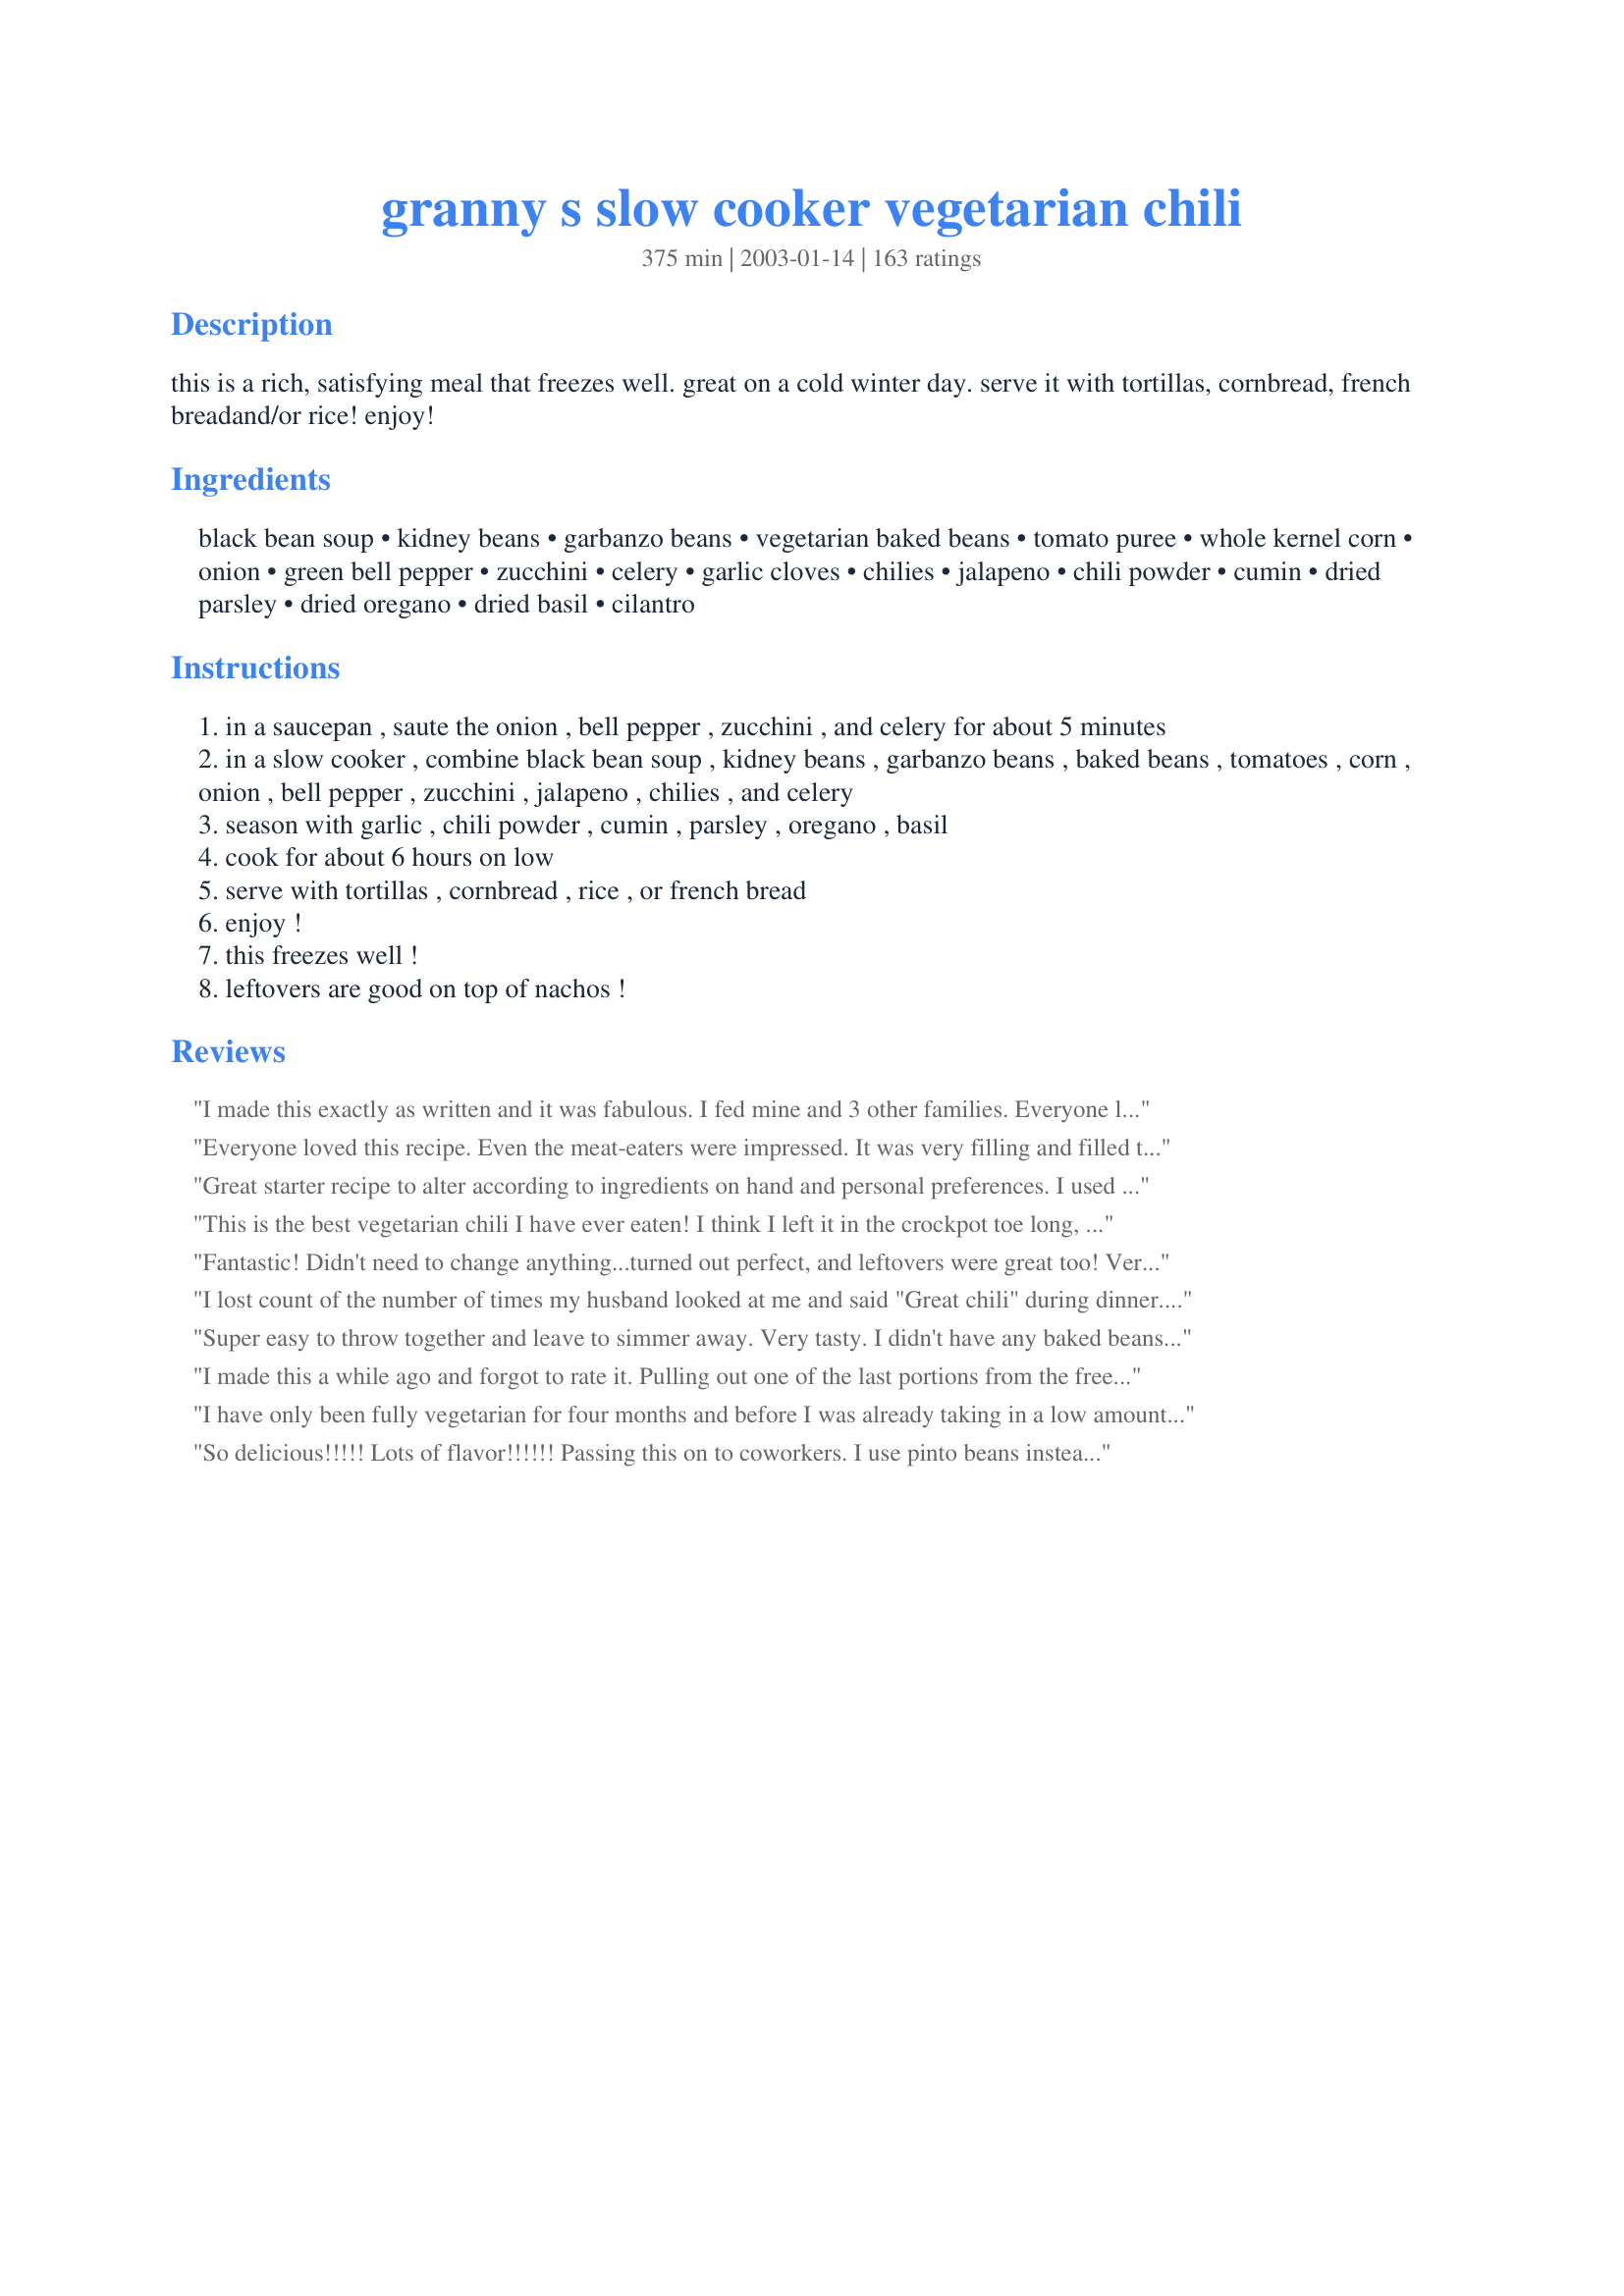
granny s slow cooker vegetarian chili
Preparation time: 375 minutes

this is a rich, satisfying meal that freezes well. great on a cold winter day. serve it with tortillas, cornbread, french breadand/or rice! enjoy!

Ingredients:
black bean soup, kidney beans, garbanzo beans, vegetarian baked beans, tomato puree, whole kernel corn, onion, green bell pepper, zucchini, celery, garlic cloves, chilies, jalapeno, chili powder, cumin, dried parsley, dried oregano, dried basil, cilantro

Steps:
in a saucepan , saute the onion , bell pepper , zucchini , and celery for about 5 minutes
in a slow cooker , combine black bean soup , kidney beans , garbanzo beans , baked beans , tomatoes , corn , onion , bell pepper , zucchini , jalapeno , chilies , and celery
season with garlic , chili powder , cumin , parsley , oregano , basil
cook for about 6 hours on low
serve with tortillas , cornbread , rice , or french bread
enjoy !
this freezes well !
leftovers are good on top of nachos !

Reviews:
I made this exactly as written and it was fabulous. I fed mine and 3 other families. Everyone loved it. I served it over brown rice with cheese, sour cream and corn chips. Yum. It made just enough to serve our party of 19, with no leftovers. I will make again and my need to purchase a larger crockpot so I can double the recipe!
Everyone loved this recipe. Even the meat-eaters were impressed. It was very filling and filled the crock pot to the top. Super easy to make and the best chili i have had.
Great starter recipe to alter according to ingredients on hand and personal preferences. I used black, pinto, veggie chili and garbanzo beans. I swapped yellow squash for zucchini and diced tomatoes for puree. Served over a 1/2 cup of barley. Made a lot of servings I froze and will have for lunch at a later time. Thanks for posting!
This is the best vegetarian chili I have ever eaten! I think I left it in the crockpot toe long, I thought it was perfect after two hours. I was good at 6 hours, but a little too cooked down IMO. My husband even likes it. We are making it again and are going to adding mushrooms for a meaty substitute.
Fantastic! Didn't need to change anything...turned out perfect, and leftovers were great too! Very hearty, and a big hit with all the men (big and little) in my house!
I lost count of the number of times my husband looked at me and said "Great chili" during dinner. I put this together about a month ago and tucked it away in the freezer to use for an "emergency" meal, which ended up being last night. The only change I made was to not use garbanzo beans (doubled the black beans instead). Thanks Sharon123 for sharing Granny's chili recipe.
Super easy to throw together and leave to simmer away. Very tasty.
I didn't have any baked beans on hand so I used vegetarian refried beans instead. Also used a can of diced tomatoes instead of crushed and skipped the corn (didn't have any on hand) but I'm sure it would have made a good addition.
I made this a while ago and forgot to rate it. Pulling out one of the last portions from the freezer has prompted me to rate it and I add that if freezes very well. I doubled up and the consistency was great. I couldn't find the black beans in juice so I pureed a can of whole ones and it seemed to work. Nobody could miss the meat in this - it has such a lovely flavour. Thankx
I have only been fully vegetarian for four months and before I was already taking in a low amount of meat. I was using another chill recipe that was always lacking. This recipe is by far one of my favorite meals to make. I love that I can put it in the slow cooker and then come home from work to house that smells divine and have a meal already prepared. This is such a hearty chill that it lasts me almost a week and the leftovers never lack either. I love eating it with warm tortillas.
So delicious!!!!! Lots of flavor!!!!!! Passing this on to coworkers. I use pinto beans instead of baked beans Didn't do step 1, just threw the onion , garlic, and green pepper raw into the crock pot. Will be making this often.
I rated this 5 stars for good reason.. It's worth every last one!!! Nuff' Said...
Thank you for sharing this! My family loved it and requested it again.
I served this at a party and everyone loved it! I used just black beans, crushed tomatoes, frozen corn instead of canned and I also added some frozen tri-color peppers. Thank you!
This is an excellent recipe; easy to prepare, readily avaiable ingredients. This is better the next day. I didn't have any cilantro or jalapenos so I upped the cumin and chili powder a bit to accomodate. I will make this again. Thanks.
Made this recipe exactly as described (ok, I used lentils instead of garbanzo beans because they don&#039;t seem to sell these here) and it was delicious! Served it with some fresh cilantro, shredded cheddar and a dollop of sour cream, yumm! An excellent recipe, will definitely make again!
I really like this! I'm relatively new to meat-free living, and this recipe provides an easy-to-prepare, hearty, and tasty meal.
I followed the recipe as well as I could, although I used dry garbonzo beans instead of canned. They ended with a bit more bite than I had anticipated, but, the contrast wasn't bad.
Note: pairs well w/a Harpoon IPA.
Will definitely make again.
Thanks for submitting!
-A
This is my favorite vegetarian chili. I&#039;ve made it multiple times and it never disappoints!
We just loved this. Mike didn't even say anything about it not having meat in it. I ate TWO BIG bowls full, boy am I stuffed lol but it was good. I did make a change or two. Basically b4 I left for work I openend a can each of veg baked beans (brilliant addition BTW), chick peas, kidney beans, black beans, grt northern beans, and chili beans (kidney beans with chili seasoning) I drained them all except the last one. I then added the can of diced chilies and all the seasonings except cilantro and 2 cans of drained diced tomatoes. I mixed them all together in a crock pot and left it on low. When I came home I had a wonderful chili waiting for me which we used to top a bed of chips and sprinkled some cheddar cheese on top with some sliced green onion and a dolop of sour cream. I will make this often and try different combinations of beans and veggies. Next time I may even try adding some cooked ground beef or beef stew meat. You should know, this is the first crock pot recipe I ever liked. Thank you for a great easy meal. UPDATE: We are on weight watchers now and with a few small adjustments this is a great "core" recipe. I added 1 cup of quick cooking barley to the mixture and use different beans every time I make it. The barley thickens it up and makes it a little more 'meaty'.
Very very good. The spices are just right and it's very filling.
My husband does not like beans. He always complains when I serve him beans of any kind. So I made this chili and served him a small serving in a room without good lighting. Guess what?? He liked it and this recipe is nothing but beans. Everyone else liked it too this one is a winner.
Boy, does this make a ton of chili! I have a very large crock pot and it was filled to the brim!

I've always had a problem finding veget. baked beans in Canada. As I didn't have any, I added about 1/4c of brown sugar to compensate and it worked out fine. Without the hint of "sweet" I felt something was missing. :)

Very tasty. I have so much left over I won't have to make it again for 6 months.
I used this recipe as a basis for a vegetarian chili experiement: It was absolutely the best I've ever had, the first time. Here were the mods I made.

I went with 2 cans of crushed tomatoes and 1/2 can of paste, omitted the cilantro, chiles and jalapeno in favor of 3 long red chiles from a farmer's market, and used Amy's vegetarian black bean soup. I also went low sodium on everything I could.. only the veggie baked beans and the black bean soup had significant amounts of salt. 3 stalks celery, 2 medium onions.
Really yummy! Even my kids ate it! First of all, let me say, I just cooked this in a dutch oven on the stovetop and let it simmer on medium for about an hour or so, and it was just lovely -- the celery had some crunch left and didn't get all mushy. Also, I left out garbanzo beans just because I didn't have them on hand -- I used regular black beans instead. I also used a can of refried black beans because I couldn't find a can of black bean soup. Just added a half a can of water and a small can of tomato sauce to thin it out a little. I added a couple more cloves of garlic to suit our tastes, plus a bit of sea salt and ground black pepper. Thanks for a healthy, versatile recipe!
Can't really rate this recipe...we made this in a cast iron dutch oven over a campfire and my BF accidentally charred it so badly that it was pretty inedible. But the little bites that we were able to eat without blackened bits tasted great!!
This was wonderful; filling, great flavor! I used small red beans instead of kidney, a personal preference. For the chilis I used New Mexican green chilis that were dried; I rehydrated them, chopped and added to the recipe. I didn't have cilantro or dried parsley, so left them out. Otherwise, I stuck to the recipe. This is healthy and delicious, and I will be making this often! Thanks, Sharon123!
Wow!!!I loved the vegetarian baked beans in this. It gave it a little sweet to go along with the spice. Yummy. I made the whole recipe and put in individual servings in the freezer to take out for quick meals for me(the only one eating vegetarian in my family).
I'm not vegetarian but have been trying to cut down on meat consumption; I've found that all the vegetarian chilis I've tried taste like they're lacking something. Not this one. I think it's the zucchini, which I shredded for this recipe, which gives the chili more body...or maybe it's all the different kinds of beans which give it enough depth of flavor. Whatever the secret, THANK YOU Sharon123 for posting this amazing recipe that provides a whole lot of delicious, healthy, comfort food for not a lot of $$$- and easy ingredients that are generally kept on-hand to boot!
Absolutely FANTASTIC! I am not a vegetarian but my wife is trying to be. Very impressed. We will reccomend this to all of our friends - meat lovers or not.
I have made this recipe a couple of times now and I gotta say, it is AMAZING. (So amazing I made an account to write this review lol!) Hands down, the BEST vegetarian chili recipe I have found to date. If you are like me and like your chili spicy &amp; chunky, look no further!! I didn't miss the meat at all in this recipe. I don't make any changes to the recipe, EXCEPT for the fact that I add some crushed red pepper and extra jalapenos to it (I like spicy chili.) Top it with your favorite chili toppings like Avocados, sour cream, and shredded cheese, and it's so delightful. I also like to have some tortilla chips with it, too, if I'm feeling &quot;adventurous&quot; :) If you are a vegetarian looking for a delicious veg chili that won't make you long for a meat substitute, please give this recipe a try!
I thought this recipe was OK. I made it exactly has written and used all Full Circle brand organic products. I am a vegetarian and am just not personally a fan of garbonzo beans so if I make this again, I will try it with the lentils instead. I thought it was too much corn so I'll cut back on that next time. As someone else mentioned, the baked beans do give this chili a sweet flavor which is unexpected. <br/><br/>It made a ton so I may try to make some enchiladas with it for a different twist for tomorrow's dinner.
Very easy to make. I used eggplant instead of zucchini as the zucchinis at the store didn't look that great. This gave it a little different flavor, and maybe made it seem more "meaty". All around good.
The best chili I ever had!

Easy to prepare and greatly enjoyed by my whole family.

Thanks for the recipe, Sharon123!
Made this the other day, then kept out enough for 2 of us before freezing the rest of it for another time or two ~ Just the kind of thing to have on hand when my vegetarian son & DIL are over for a meal! I expect to be making another whole batch just for freezing ~ Gotta be prepared for the next few cold months! Thanks, much, for another great keeper! [Tagged & made in Please Review My Recipe]
Love this chili! Hubby said it was a keeper. I did find the 1 tablespoon of chili powder to be a bit too much so next time I will half that. Served with shredded cheddar and bread. DELISH!
This really "hit the spot" on a casual Fri. night. I used about half the spices (since I was going for a mild flavor). The kids enjoyed this, too. Thanks Sharon, for another great recipe.
Roxygirl
My whole family LOVED this. You never miss the meat. I used fresh herbs instead of dried. Did not measure just threw some in.
This is an OMG recipe! We love all kinds of different chili recipes, and are not vegetarians, but do try to have a few meals a week without meat. This is one of the best chili recipes my family has ever tasted. The seasoning is spot on and I followed the recipe to the letter. I served it with cornbread and have more to heat up this week. You could also add Boca Crumbles, but it certainly isn't necessary as this is so good by itself. Thanks for a great recipe. Carole in Orlando
Very tasty and delicious, but I doubled the Chilli Powder and added Garlic.
Good!
I really like the zucchini in this. It was heartier than those can of this, can of that chilis with meat in them.
For being vegetarian, this was a surprisingly good bowl of chili! I really liked that it wasn&#039;t overly hot and spicy (I omitted the jalape&ntilde;os). It was mild without being boring, if that makes sense. The consistency of the sauce was what really made this feel like chili, not being too watery or too thick, just perfect. The only thing I think I&#039;ll do differently next time is saut&eacute; the veggies a little longer, as mine were a little crunchy. And it was even better the next day! Yum, yum, yum!!
Not bad...nothing special. Had to spice it up a lot but very healthy.
This is so easy and delicious to make! I could hardly wait until dinnertime to eat, it smelled so delicious. I did use pinto beans instead of garbanzo beans because that's what I happened to have.
I loved this recipe!! did not put in the celery, or the jalepeno, but I did substitue the tomatoes for salsa. this got the flavor of tomatoes and the spice of the jalepenos, and cut down on prep time. I have made it twice in the past 2 weeks and it is great for main coarse and/or with chips. My daughters like to "dip" so this was a winner!!! Thanks for the recipe
Really liked this recipe and it's incredibly easy and delicious. I like a little more heat so I think I'm going to dice and add some Chipotles in Adobe sauce next time. I garnished with some fat free sour cream, Weight Watchers shredded Italian Blend low-fat cheese and a little cilantro on top. <br/><br/>GREAT recipe and so satisfying -- thanks Sharon123!
I&#039;m ridiculously loving it:)) I&#039;m Vegetarian and getting recipes from other people that has taste and hits the spot with flavor is rare. Well I found it here! This chili just has this smooth but spicy robust taste of blended flavors that are very mouth pleasing; and the aroma that it projects off is amazing. I couldn&#039;t stop eating this meal I especially liked the sweet mild taste of the vegetarian baked beans. I had to add my 1tsp of Mccormick chicken seasoning because it gives me a smell and slight taste as if there&#039;s meat in there. But, everything else done to receipt.
Fabulous chili!!! It was wonderful reheated for quick lunches through the week too! Even meat lovin' DH raved about this one.
This is a really hearty and good chili. You don't need to drain the beans. Instead of all the spices, I used a taco seasoning packet. It's quicker, cheaper, and tastes great. Served this with cornbread and it was a hit. Thank you!
I guess I think the name of this chili is a bit of a misnomer (sp?) I have come to the conclusion that anything that claims to be a chili needs to have some kind of meet in it. It was a good veggie soup, but it wasn't my favorite.
YUM-E. I used Great Northern beans instead of Garbanzo beans. I also added some BBQ sauce as well as lots and lots of hot sauce (personal preference). I like the sweetness that comes from the canned baked beans. I ate this for dinner 4 straight nights in a row!
Best vegetarian chili EVER ! This filled my 5 quart crock. I left out the zucchini and added some extra vegetarian baked beans instead. I ended up cooking this for eight hours instead of six because of our schedule but it was still great. I love that there is plenty left for tonight and probably beyond. Thanks!
Didn't have the vegetarian baked beans on hand, so I added extra tomatoes as suggested -- very yummy!! Can't wait to try it with the baked beans, makes a ton by the way.
My daughter is vegetarian and made this for dinner! She's 14 and impressed everyone with this recipe! Delicious! We uploaded a picture so you can see how yummy it is!
Lovely dish!!!
My girlfriend and I think this chili is the BEST EVER!!. We had six people over one night and we almost finnished off a double batch. 
I change it a little, I like to add hamburger and one chipotle pepper.
This is great, even meat lovers enjoy it.
This was really good and so filling that no one missed the meat. We had it with corn bread and even the meat eaters went back for seconds. Thanks Sharon for posting this keeper recipe.

I really liked this recipe. As a vegetarian, it's hard to find such well put together recipes. Mine was a tad sweet from using veg baked beans in a molasses sauce, but DH really liked it a lot. This is a keeper. You can freeze a lot of this, so we'll have this again.
Great recipe. I couldn&#039;t get fresh jalape&ntilde;os or green chilies so I substituted a generous amount of sliced bottled jalape&ntilde;os and a scant tsp of green chili paste. Worked well!
YUM! Dom says this is the best vegetarian chili he's ever had! We used lentils instead of garbanzo beans and it came out great. We served it over rice. For the black bean soup we used our very favorite (Amy's black bean soup).
This was fantastic.
I even added (browned) ground turkey.
I LOVE this chili! Its cheap to make, healthy and has a good amount of protein. Thanks for sharing :)
Excellent! And plenty of room for creativity! Here is what I did differently: I used red beans instead of kidney, used 14 oz of fired roasted crushed tomatos, and added red, green, and yellow leftover heirlooms tomatos as well, omited cilantro. GREAT recipe, we served it in a hollowed out sourdough bowl, and added greek yogurt to the top.
Please add my voice to the other enthusiastic reviewers. Darn good chili - best vegetarian version I've tried. Thanks for the recipe I will definately make it again.
I absolutely love this recipe. It has great flavor and warms you down to the soul. Thank you Sharon123 for such an awesome recipe.
Loved this recipe. We aren't vegetarians but are trying to eat healthy. This was tasty and very filling. I used rotel instead of the jalepeno and peppers and reluctantly omitted the zuccini simply because I was unable to find one in the store this time of year. Will difinitely makes this again.
This is the best veg. chili we've every had!! I added a can of tomatos with chilis & a can of mushrooms, & left out the can of chili's & jalapeno since we don't like our food too spicy. This will definitely be a regular for chilly evenings! Thanx!
YUM! First let me say we are NOT vegetarians. I made this because we go meatless once a week. I used just regular black beans, and swapped out the baked beans for chili beans cause I had this in my pantry. I kept everything else from the recipe the same. I liked the sound of it originally, so I doubled the recipe right off the bat. It wouldn't fit in my crockpot, so I cooked it on the stove. My husband liked the chickpeas in the recipe for a nice change, but I loved the spice. As a matter of fact, I have pulled some of the frozen leftovers out of the freezer, and they are dinner for tonight: at the request of hubby! I will definitely make this again on meatless evening.
Not bad. I found the leftovers tasted a lot better after the flavors settled for a day or two.
I joined reciezaar just so I could rate this chili. After a meal like THAT, this was the least I could do to show my appreciation. This was, hands down, the BEST chili ever. Even my carnivorous boyfriend agreed. In fact, I can't think of any meal in general that I like better than this. UNBELIEVABLE. Oh, and I used white kidney beans instead of red. Fresh cilantro, a dollop of light sour cream and a sprinkling of shredded monterey jack. I'm making this tomorrow and I can't wait to share with all my friends. Thank you thank you thank you
Excellent! I made this pretty much as written except for eliminating the onions due to personal preference. DH isn't a fan of zucchini but he really enjoyed this and went back for seconds. Thanks!
This is a really great recipe! My fine tuning; 1)2 Jalapenos and 3 banana peppers, sliced. 2)replaced baked beans with seasoned chili beans. 3)added 2 additional tbsp of chili powder. 4) did not add the cillantro. 5) used a head of garlic and instead of mincing left it in huge chunks/whole cloves. 6) omitted celery, replaced with broccoli. 7)added boca crumbles!
Thank you so much, this really turned out fantastic...we gobbled this up and will be making it often!
This was wonderful! A tasty, healthy and a dish that my meat-loving DH enjoyed as well! I froze some of the left overs for when my vegetarian kids come to visit. I will be making this again! Thank you for sharing your recipe!
WONDERFUL! I made this with the canned black beans and 29oz crushed tomatoes and a 4oz can of diced jalapenos instead of fresh. I also didn't bother sauteeing the veggies as I prefer them firmer. This smells great when cooking and turns out very FLAVORFUL, FILLING and full of FIBER! I did add salt to mine though at the end. Made for the Zaar Stars tag game.
This particular recipe I have made for home and work. It makes a lot, so you can have your family and others you care to share with eat well. I start a pot the night before, split it in half, serve some at work ( we use it as hot dog topping or serve in coffee cups to go) and have dinner the next night all done. No one notices it is vegetarian if you don't say anything, and that says it all! (But be prepared to share the recipe, as you will get asked.)
I made this with cornbread for my vegetarian daughter who was home for the holidays and we both loved it! Now I find myself making it in order to freeze and have for quick dinners. Super easy and very nutritious. Thanks, Sharon123, for a great recipe with lots of possible combinations!!!
TERRIFIC RECIPE!!! I made this about a month ago and froze it. Some things I did differently: 1) I didn't measure ingredients so I'm sure I added things (spices especially!) in different quantities than given, at least somewhat. I love a spicy chili! 2) I used TVP in this recipe to boost the protein even more...though it is already high! 3) I didn't have baked beans, so I just added more kidney beans. 4) I nixed the corn as well, adding more garbanzos, I think. Basically, I got the feeling that this was a very good basic recipe with thousands of personal variations. LOVED THIS with cornbread tonight!! Thanks!
This was outstanding!! I took this to a potluck and all my non-vegetarian friends were shocked and amazed. They said they didn't miss the meat at all. Made just as written.
This is my go-to soup when I don't have soup left overs in the fridge. I cook it over night and wake up to veggie chili to put in my lunch. And what a treat! I don't like a lot of heat so I put no jalapenos in it. ANd I routinely use a can of black beans, not black bean soup. I use the spices as described. And I usually add frozen corn rather than canned corn. You are well fed when this is in your fridge.
Very good...I brought this to a potluck and it was very popular. I think I made it a bit spicier than the original recipe (red pepper instead of &quot;chili pepper&quot; and some found it too hot, but others really liked it.
This was a yummy chilli, lots of protein & fiber, so kept our bellies full for a long time. Good cold weather comfort food!
Wow! First time I've ever ha a vegetarian chili that left me totally satisfied! Fantastic recipe! Flollowed it exactly. Wouldn't change a thing!
Loved it! Next time I will add more Jalapeno's !!!!! :>)
Excellent and HEALTHY alternative to your typical meat chili. This reminds me of a thick minestrone because of the oregano but the chili flavor adds a nice southwestern kick with subtle heat. I used all ingredients listed except subbed cannellini beans for the garbanzos (personal preference) and used a 29 oz can of tomato puree but added about 2 cups of chopped fresh tomatoes. I did find that I had to add a teaspoon or two of salt at the end, but others may find it ok... I just like my food sharply flavored. Thanks for a great recipe... I just sent it to my Mom this morning for her to try too!
Fabulous Chili. I added an extra bell pepper to make it chunkier and to feed more (for a potluck). I ended up having to email several people the recipe... such a hit and still healthy!

Thank you SO much for sharing. This is now in my recipe book and will be making this forever!
This may be the best vegetarian chili I have ever had!
This is super good. I would make it even if I go back to eating meat. It makes great enchiladas. Just roll in a tortilla with cheddar and enchilada sauce.
I've made this three times now, each batch getting a little better. One of the things that helped was I chopped the zucchini too small the first time. It was much better with a coarser chop.<br/><br/>The base recipe is a bit too much for a 3 qt. Crock. I doubled the recipe is its almost perfect for a 7 qt. (I used 3 jalapenos and the heat was just right) <br/><br/>Also... I'd like to see the person that could prep this in 15 minutes. It takes at least 5 minutes just to open the cans. Still this is a great recipe. I even had a meat lover tell me this was the best chili he ever had.
Great recipe. I added a couple of chipolte peppers with adobo sauce and left out the zucchini.
I also added some agave nector for sweetness. We also added cheese, heated some and used it as a dip with blue chips. Yum, I will be making this often.
This was really tasty. We ate it with monterey jack & cheddar cheese, diced onion and sour cream then dipped frito's scoops in it. It was so good. Thanks!
OMG this is by far the best vegetarian chili I have tasted. We have a restaurant in town that I specifically go to for vegetarian chili and this recipe is better than theirs. I decided to make this for lunch today. The only difference was I used my canned tomato sauce and 1 cup of leftover marinara sauce I was using for another recipe. I also left out the cilantro and only used 1 jalapeno, but next time will use 2 jalapenos. I also cooked it in my Dutch oven on the stove instead of the slow cooker. Honestly I could not stop sampling it when it was simmering. I took some over to my friends this afternoon along with a baguette to serve alongside. I am not sure I have enough leftover to freeze as we will be eating the rest in the next day or so. I will be making this again and again. Thank you for the ultimate vegetarian chili recipe
My son gave up meat for Lent and I was craving chili. I made this on my stove top and took about an hour from start to finish. We all enjoyed this chili--all of my 5 children and that is saying something. For those of us eating meat, I made some ground beef and had it on the side. I ended up using 2 cans of 29 oz crushed tomatoes to make more for our large family. I adjusted the seasonings by adding a total of 2 tbsp chili powder and 1 tbsp cumin along with all the other seasonings. I also used carrots in place of the zucchini. We served with fritos, sour cream, tabasco, and jalapenos on top.
I took this to a chili BINGO night and it was gone by the end of the night! There must of been over 20 chilis there and mine was the only one empty! I couldnt believe it!!! I love making stuff that people love! I cant wait to make it again it was pretty delicious and sooo healthy!!! THANK YOU! Great recipe for the winter months ahead!!
Very nice flavor. A couple of changes, but nothing much.<br/><br/>More garlic, cumin (that is my personal preference) and more heat I used a jalapeno and serrano because I had them in my garden (FL), and just because I knew the guys I was serving like it hot. It didn't change much and the recipe is great as is. Those were just personal changes. I added 1 more can of beans to stretch it even further, (hungry guys). <br/><br/>Garnished with white cheddar, tortilla chips and sour cream with scallions.<br/>Very very nice recipe
This totally hit the spot on a cold Winter day. I used chile beans instead of baked beans and refrigerated it overnight before serving. I'm glad I did because I thought the flavor really improved with time. I wasn't sure if I would like the garbanzo beans, but they added a unique texture to the chile. This was a very hearty meal and we never missed the meat. Thanks for posting the recipe.
needed a bit more salt but was definitely hearty and tasty.
This is definitely filling! Oddly enough I didn't find it intensely seasoned at all, just mildly chili flavored. I did have to make some substitutions based on what I had. I used leeks instead of onion, extra peppers instead of zuchinni (frozen pepper strips) and no celery (don't like it!). I used a bit of leftover baked beans and a can of chili beans in sauce, and left out the corn. I also just used 2 cups of frozen tomato sauce made with our homegrown tomatoes. Like meow said, I love how this is so adaptable to what I have around. We ate a bunch (even the kids though I did rinse theirs off) and then I froze the rest for a meal another time. Thanks so much!
Good stuff!
I halved the recipe, and so used one can each of black and kidney beans (leaving out garbanzo and baked beans), and omitted the jalapeno as well. Otherwise made as directed, and this was a huge hit with everyone in the family. Can't wait to try it on nachos!
Delicious, easy and satisfying, the baked beans were a nice touch.
My husband, mom and sister gobbled this up. I used canned black beans instead of black bean soup, for baked beans I used Bush's [not vegeterian] which added a nice sweet flavor. I omitted chilis (I don't like spicy) and omitted zucchini and bell pepper as didn't have any. I added fresh cilantro from out backyard. We ate it with home made crusty whole wheat/oat meal bread [I put the bread in to bake at the same time as I put ingredients in crockpot for the chili--cooked on high for almost 3 hours)Surprisingly, though there was no meat, it tasted wonderful, hearty and filling and not like it was missing something-- Usually with meatless dishes, I crave meat, but this one was fine.
This turned out really well, and it's easier to make than it looks since most of it is just opening cans. I thought I did something horribly wrong when I put it together because it was a dry heap of beans, but counter-intuitively it gets more soupy as it cooks. I only have a 2 quart crock, so I made on the stove (it filled my biggest pot to the top!). I only left out a few things I don't normally care for...bell peppers, chilies, jalapeno, and chili powder.
This was very good and super easy to make with a slow cooker. We skipped the zucchini but followed the recipe otherwise to a T. Next time we'll try adding a little barbecue sauce.
Well hot dang this was incredible! I'm allergic to jalapenos (and very sensitive to spiciness in general), so I tweaked it by omitting the jalapenos, reducing the chili powder to 1/2 tsp, and reducing the cumin to 1 tsp... and it was fantastic! This is going to become another one of my vegetarian staples!
This is a nice, hearty, filling, and satisfying bowl of veggie chili. There is a detectable sweetness, that sort of threw me, but I attribute it to the baked beans. It wasn't unpleasant, just different. For those who like an all-out savory chili, you could sub a can of spicy chili beans instead. Thanks, S123.
I served this at a my daughter's school fundraiser. It went over very well. Thanks fro the recipe sharon123
None of us in the family really cared for this. Considering the previous ratings, it may be that I made a mistake somewhere...
This was a really good, really easy chili that had the advantage of making use of our crockpot (so there was less stress finding enough flames when it was time to have everything ready to serve). Our only problem was using a can of mexican kidney beans that had its own spicing so we had to use a fire extinguisher on some of the kids' tongues but it was still really good and all the leftovers were eaten up very quickly despite the extra spice. We made it without zuchini, or at least I hope we made it without zuchini because otherwise I accidentally ate zuchini and somehow survived it. Very nice, very easy dish. We're going to try it with cheese and noodles next time.
Wonderful chili! Went together in a snap and tasted great! Definitely a keeper! Thanks Sharon!
This was a simple and tasty recipe. I left out the candied chilli, corn and dried basil as I didn't have these but it was still fantastic! We are it with corn chips and guacamole ...yum
After omitting the kidney beans, zucchini, green bell pepper and jalapeno for lack of stock, adding browned sirloin chunks and cooking the whole thing on high for 4.5 hours, this turned out pretty good! Course it's then no longer vegetarian, but I can't fool my carnivore husband. That said, with a touch of sour cream, I felt the chili itself was really good and didn't need meat. Thanks for a winner!
This was EXCELLENT. My husband was dreading the change from my normal chili recipe, but he thought it was delicious and was excited when he saw how much was left.

I was pressed for time and made the chili on the stove, rather than in the slow cooker. It simmered 30-40 minutes before I served it.

Other very minor changes to the recipe:
I added a cup of dried lentils, cooked.
I used 2 cans of condensed black bean soup.
I omitted the kidney beans, diced chilies, jalapenos, parsley, oregano and basil.
I followed the recommendation of 29 oz of crushed tomatoes.
I used only 1/4 tsp chili powder.
I added 4T apple cider vinegar.

I am so impressed and can't wait to try this in the slow cooker. Thank you!!
Loved this recipe--so filling and satisfying! Great over corn bread/muffins. I used plain black beans because I didn't have soup on hand and fresh chili peppers. Carnivorous husband liked it, but didn't love it enough to eat leftovers (which there were a lot of!) so I had many frozen lunches to take to work--still just as good as the first round! Will definitely make again!
Quite delicious, and very easy. Didn't miss the meat at all. I didn't have any of the fresh vegetables (green pepper, zucchini, or jalepeno)so I skipped it altogether, and thought it was awesome. Served with cornbread and a bit of cheese on top. Yum!
Even the non-vegetarians loved it.
This recipe has become a family favorite! We love to make this whenever we have large groups to feed and it goes quickly. It is super nutritious, very filling, relatively low-cost for feeding the masses and loved by all ages in our family (12 months and up!). We usually serve it with rice and cheddar cheese, or you can use tortilla chips and cheese.
My family loved this recipe! I thought it was great for a number of reasons, 1st--I almost always have the required ingredients (and if not, it think it would be great with substitutions), 2nd--it goes together very quickly, and finally--it tastes delicious. I was tempted to change the amounts of some of the spices as recommended by other reviewers, but decided to make it exactly as written. I couldn't be more pleased. This makes a huge amount so we will have plenty to take to work or to freeze for later. This recipe has it all--it's healthy, delicous, cheap and easy to make. Thanks for posting!
This was excellent! My husband and I had a few vegetarian friends coming to visit for the weekend and I was trying to figure out a few good dishes to prepare, not expecting them to be the best, since they would have to be sans meat... (we like our meat at our house)... anyway, I was verypleasantly suprised!!! Everyone LOVED this! (my husband did too! He said it was so flavorful that he couldn't have guessed it was vegetarian) <br/>They wanted seconds and thirds, then ate the leftovers for dinner! I didn't have garbanzo beans, so I subbed for navy beans. It was a big hit at my house, and, needless to say, we will be making it again...frequently! One of our friends even asked for the recipe when he got home so he could make it again. I would definately recommend, for vegetarians and meat-eaters alike!
I can only think of one word that can describe this chili...WOW. My very picky husband even liked it. My kidlets who normally wont even eat chili cleaned their bowls! I am completly sold! I put some colby-jack shredded cheese on top while it was hot, and then put sour cream on mine (rest of the family doesn't do sour cream) I served it with garlic toast instead of PB sandwiches and it was FABULOUS! Thanks so much for this recipe!!!
Amazing chili! You really don't miss the meat. I shredded the zucchini out of laziness and think it worked out wonderfully. I can't wait to make this again.
I was looking for a vegetarian dinner to serve on an autumn's evening, and this was a perfect choice. I chopped all the veggies the night before, and then to put it together in the morning all I had to do was mix the veggies together with the canned ingredients and voila!, dinner would be ready when I got home. This is an incredibly easy dish and tastes FANTASTIC!!! The combination of all the beans went perfectly with the fresh veggies. Who knew something so easy to make could taste so incredible? My only difference was to use 1/2 of the cumin and add a can of mushrooms. Other than that, I followed the recipe as described. I made Baby Kato's cornbread Recipe#85511, #85511,to serve alongside this chili. Thanks, Sharon, for this great recipe. I'm serving it next weekend for DS's vegetarian girlfriend. I know she'll love it as much as we do.
Fantastic recipe. My wife, who doesn't even like chili, loved it. Definitely a recommendation to anyone who is going vegetarian or just loves chili.
Made this today. Great soup! Did not have the jalepeno or cilantro.
I didn't drain anything. Didn't use a slow cooker, just on the stove. This was really good! Very easy to make. I will make this one often! Thanks
Fantastic! A hit with a crew of guys putting in a cement floor. I used frozen instead of canned corn, and some fancy chipotle chili powder for about 1/2 of the chili powder. By far my favorite chili recipe, and so easy.
Really delicious! Thanks for sharing!
Took this to a wine and chile party. This was the chili that was gone by the end.
At first I thought, "Wow, that's a lot of beans," but once it was cooked, I wasn't overwhelmed by the four cans of beans. It was easy to prepare and the flavor was great. We had it for dinner, I had a bowl for lunch the next day and froze the rest. Thanks for a great recipe.
What a great recipe!! My picky 1 year old even loved it, this will be one we repeat
Always get compliments on this dish. Great easy recipe. Thank's so much for submitting!
Very good. Left out the corn and baked beans but added two tablespoons of brown sugar. I also increased the garlic and other spices. Delicious. Even my meat eating husband liked it!
Delicious!!!!I did not have baked beans so replaced with lentils. I also omitted the cilantro. A great healthy chili recipe!!!!
Thank you!!! I have recently changed my diet to vegan and this was fantastic!!! I made this yesterday and it was wonderful. I added baby portabella mushrooms to the pot since I normally have mushrooms in my chilli. I also added 1 can of roasted tomatoes and a dash of ground red pepper for some more added heat. My dad who is a meat lover reqested seconds. It came out very yummy! This recipe will be the in the winter rotation for certain.
Outstanding! I have been a vegetarian for quite some time now and I am always looking for hearty meals. I absolutely loved my slow-cooker before cutting meat out of my diet so being able to use it again is fantastic! I loved the variety of beans in this recipe and the zucchini gave it a great texture. I omitted the jalapeno only because I don&#039;t care much for the taste but I added a small amount of crushed red pepper instead. I love spicy food but not everyone in my house does so I added additional pepper to my bowl. Served with tortilla chips, saltines, cour cream, and cheese. Wonderful!
Turned out great. So easy to put together. I also added some pureed chipotles in adobe- just 'cause we like it hot. This recipe makes a ton, so we have some in individual serving cups in the fridge for lunches and some in the freezer for future use. The cook time was right on for our crockpot. Thanks for this yummy recipe, would make it again.
We really enjoyed this soup. Thanks for the recipe
I've made this chili several times and each time it gets better. I experiment with different vegetables (mushrooms, carrots, different variety of beans) and am never disappointed. The original recipe is still wonderful exactly how it is, I just tend to throw in whatever vegetables I have in my fridge that I need to use. My entire family loves it and friends ask me where I found the recipe. THANKS!
My family loved this chili, even the carnivores. The only thing I changed was not adding celery and using canned jalapenos instead of fresh (used a half a 4oz can). It's also cheap and makes alot. I will be making this again.
I omitted the fresh jalapenos and let everyone make it as spicy as they wanted. Good and filling and I liked the addition of the zucchini. I think I might try to saute the veggies a bit longer to get them more caramelized for a deeper flavor. Other than the jalapenos, I added fresh parsley because that is what I had an abundance of from the end of the season garden and substituted Great Northern Beans for the garbanzos.
This was my first time making chili for my international Bible study-EVERYBODY who ate it LOVED it! I didn't have the chilies, but added a little bit of cinnamon,nutmeg and carrots. I served it with the sweet corn bread from this site.
Very good, very easy!
We love this chili! I made it at least twice a month and it was a huge hit at a recent potluck. Thanks for sharing!
Always looking for vegan recipes for my daughter that my whole family can enjoy. I've made this several times as written and it's a definite keeper for everyone in the family-vegan, gluten free and even the meat eaters!
I thought this was very good. I did have to accomodate the people that don't like things too spicy. My husband has a great dislike of cumin (it's all in his head)so I didn't add it but doubled up the chili powder. I did put in some cilantro and thought it gave it added a nice flavour. I wasn't sure about the stars because I had made a couple of changes. I think it is well-deserving of 4 stars because I would certainly have it again with very few changes. I served it with cornbread. Thanks for sharing your recipe.
Loved this! I didn't change a thing.
Very nice! This makes a lot of food!! I cut the chili powder WAY down (to 3/4 of a teaspoon) and left out the hot peppers and the spice level was just right for me.
Redundant but wow, is this filling. It's also intensely seasoned so I'd recommend serving it with sour cream, rice, nachos, cornbread or some such thing. Very versatile and tasty base for a lot of different menu ideas.
I have made this twice now, when we've had vegetarian/no-dairy dinner guests. Even the meat-eaters love it! I serve it over brown rice, which makes it very hearty. Wonderful!!
Delicious! Will be making again.
This was an awesome chili recipe! I added a pinch of sugar and some worcestershire sauce (about a teaspoon) and it turned out sooooooo goooood!
I made this chili this weekend. SUPER easy and absolutely delicious. My 3 kids loved it. I also added a dollop of sour cream to the top before serving.
I expected this to be good (kinda hard to mess up vegetarian chili) but this was beyond good. The flavors blend together so well. The baked beans add a hint of sweetness and the garbanzos added a bit of a bite. The zucchini & celery break through all the beaniness. Try it over brown rice.
Great Chili! Better than non-vegetarian.
Delish! I added carrots and 1tsp. of sugar and used 2 cans of corn with the juice from 1 of the cans. DH & I both loved it-thanks for the recipe!
Easy and good. I loved the spice, but my sister-in-law had to add sour cream to soften it. The corn adds some nice sweetness to it.
I didn't get to try this chili, but my husband enjoyed it and said it should have 4 stars. He had it in an onion bread bowl with cheese on top. The next day we ate it with fritos. Made for VegNSwap 14.
I did not really care for this. I will make again but I will use kidney beans instead of baked beans. I felt that using the baked beans made the whole thing taste liek baked beans. I will also add some spice to it like garlic and pepper. I think it is good sodium.
This was good. Not knock-my-socks-off fantastic, but good. I liked the variety of beans and it definitely kept me feeling full for a good long time. I also liked how healthy it all is. Thanks for sharing!
This was awesome!! I put it in the crockpot one night and left it there on low while I was at work. Amazing, filling meal. I ate off of it for a week!! Thank you for the recipe! I'm definitely going to play around with the recipe next time. Maybe serve it over rice like others have suggested!
I was making this for a pot luck so I didn't add the chilies or jalapeno. I added about 1 tsp. curry powder, some dry mustard and about a 1/4c of barbeque sauce. Delicious.
Absolutely loved this recipe! When you first put it together, it's really thick but just give it time -- as it cooks, it thins out to a fabulous chili consistency. Served it with melted cheddar on oven bread (baked to make a cheese toast). Great dinner!
great recipe! i varied it up using my own measurements for the jalapenos and chili powder, since we prefer chili to be what it's called...spicy. I also did add a tablespoon of coriander powder which personally to me adds more flavor. I didn't have black bean soup or whole so i just left that out. I also added a two tablespoons of tomato paste and a can of tomato sauce for consistency. I also added beef stock bullion cubes and some water for it to cook. Made this on high for 4 hours. In the end i threw in two tablespoons of sour cream and mixed it in since I felt that maybe I went overboard with the chili's but it also adds great flavor. Wonderful recipe, that can be personalized for taste. Made it during a winter snow storm when my husband was snowed in and couldn't go to work, what a wonderful evening meal!
This recipe was great! I didnt have all the canned beans in the house so I cooked dry beans the day before and used those in the chili. Sure it was an extra step but it still worked great. I also used the fiesta mexican flavored diced tomatoes rather than plain puree and that worked great as well. All in all a perfect recipe.
Thanks! This was suprisingly GOOD! I will make this again.It was easy and filling.I did'nt have time to cook it in the crock pot.I made it on the stove and it turned out fine.I just cooked the veggies a little longer and proceeded from there.I used the 14&1/2 ounce can of tomato puree and also added a 14&1/2 ounce can diced tomatos.I plan on freezing some and taking some to work for lunch too!I agree it would be great over some brown rice,but I served it plain with some grated cheddar cheese and really enjoyed it!!!
